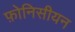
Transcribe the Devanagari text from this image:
फ़ोनिसीयन